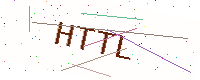
Text: HTTL